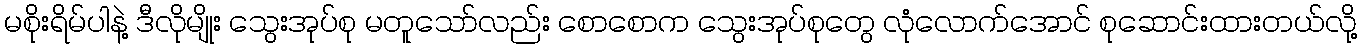
မစိုးရိမ်ပါနဲ့ ဒီလိုမျိုး သွေးအုပ်စု မတူသော်လည်း စောစောက သွေးအုပ်စုတွေ လုံလောက်အောင် စုဆောင်းထားတယ်လို့